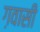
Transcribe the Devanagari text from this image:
ग़वासी